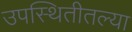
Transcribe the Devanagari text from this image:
उपस्थितीतल्या